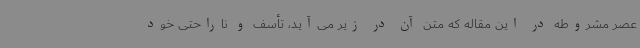
عصر مشروطه در این مقاله که متن آن در زیر می‌آید، تأسف و ناراحتی خود